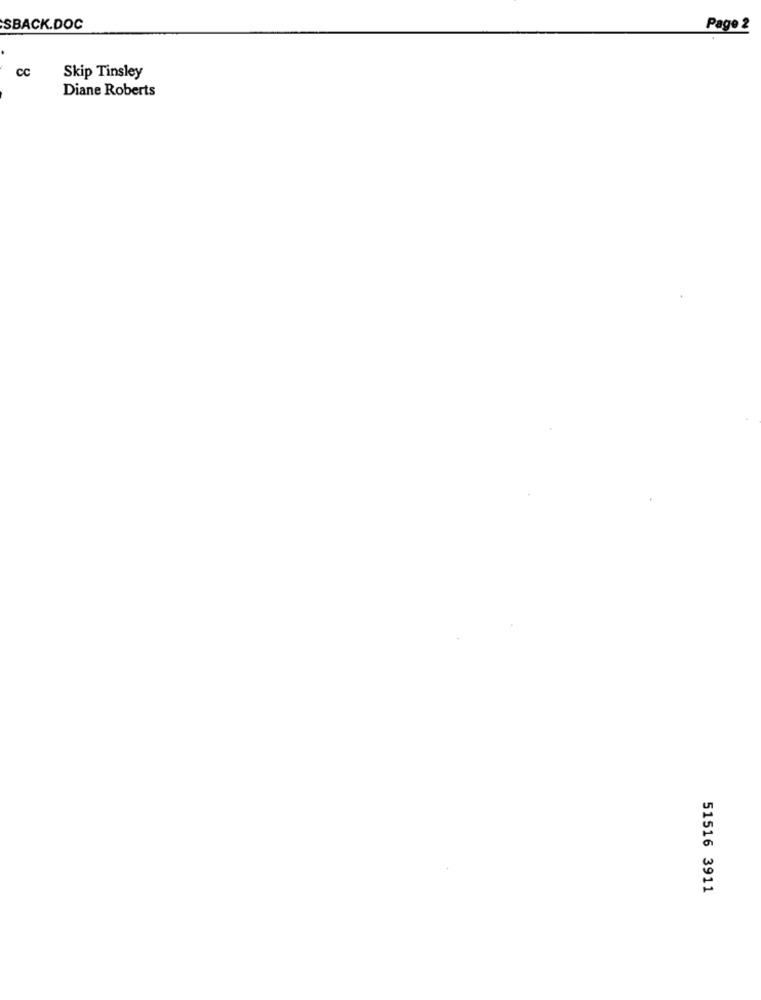
SBACK.DOC
Page 2
CC
Skip Tinsley
Diane Roberts
51516 3911